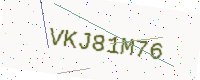
Text: VKJ81M76